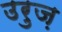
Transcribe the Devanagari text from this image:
उरुज़